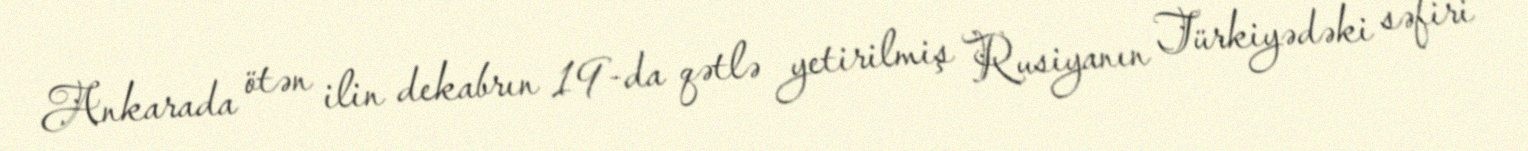
Ankarada ötən ilin dekabrın 19-da qətlə yetirilmiş Rusiyanın Türkiyədəki səfiri